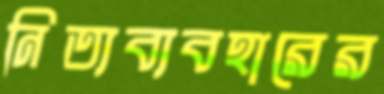
নিত্যব্যবহারের